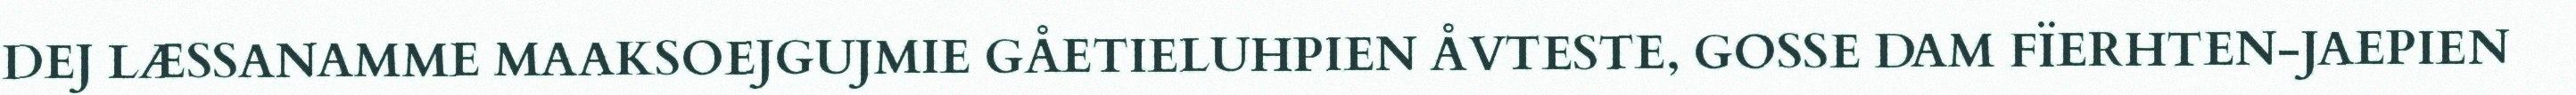
DEJ LÆSSANAMME MAAKSOEJGUJMIE GÅETIELUHPIEN ÅVTESTE, GOSSE DAM FÏERHTEN-JAEPIEN